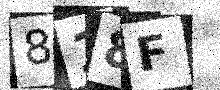
Text: 818F